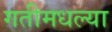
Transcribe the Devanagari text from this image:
गतीमधल्या